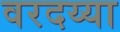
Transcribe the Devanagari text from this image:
वरदय्या